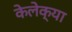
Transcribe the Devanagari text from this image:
केलेक्या